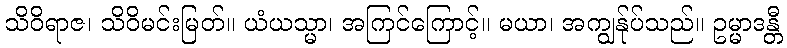
သိဝိရာဇ၊ သိဝိမင်းမြတ်။ ယံယသ္မာ၊ အကြင်ကြောင့်။ မယာ၊ အကျွန်ုပ်သည်။ ဥမ္မာဒန္တီ